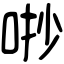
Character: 𠳕